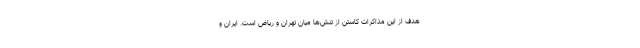
هدف از این مذاکرات کاستن از تنش‌ها میان تهران و ریاض است. ایران و